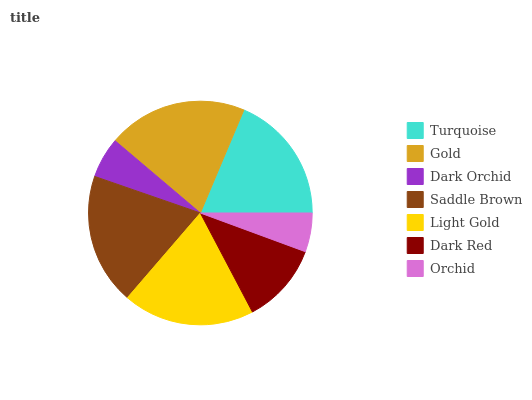
| Turquoise | Gold | Dark Orchid | Saddle Brown | Light Gold | Dark Red | Orchid |
 | --- | --- | --- | --- | --- | --- | --- |
 | 18.6% | 20.2% | 5.89% | 18.9% | 19.1% | 11.7% | 5.61% |